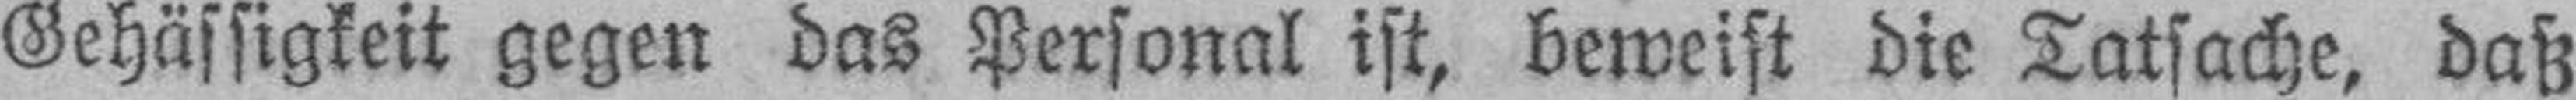
Gehässigkeit gegen das Personal ist, beweist die Tatsache, daß